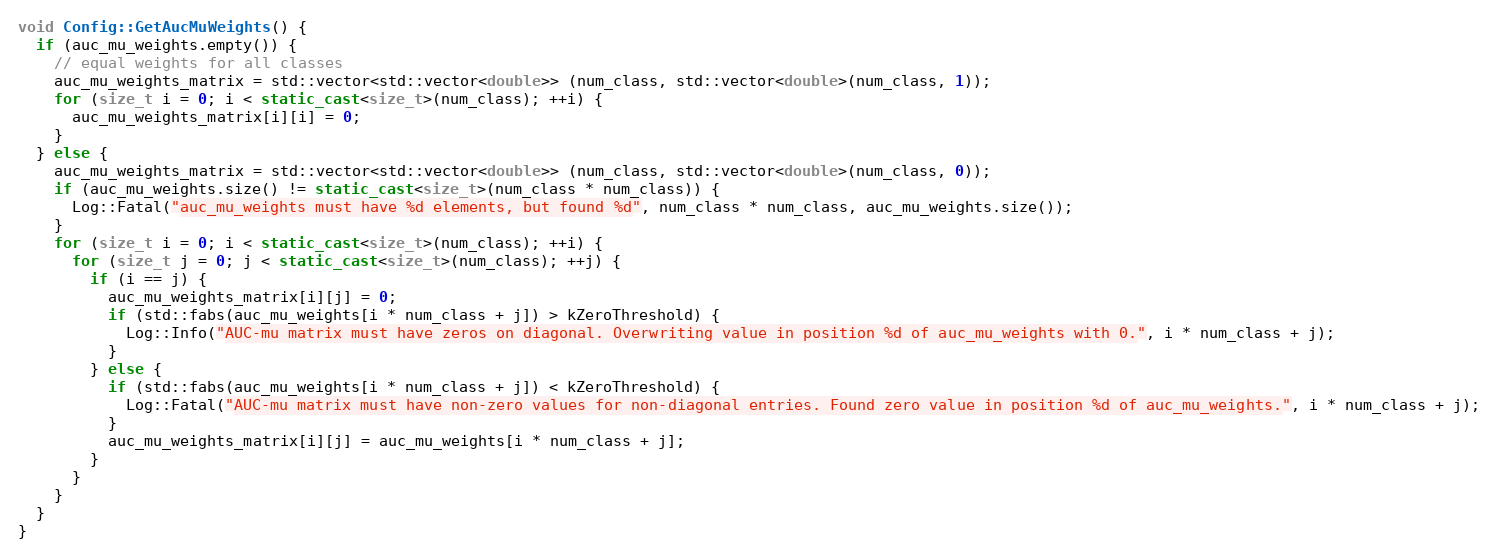
Language: C++
void Config::GetAucMuWeights() {
  if (auc_mu_weights.empty()) {
    // equal weights for all classes
    auc_mu_weights_matrix = std::vector<std::vector<double>> (num_class, std::vector<double>(num_class, 1));
    for (size_t i = 0; i < static_cast<size_t>(num_class); ++i) {
      auc_mu_weights_matrix[i][i] = 0;
    }
  } else {
    auc_mu_weights_matrix = std::vector<std::vector<double>> (num_class, std::vector<double>(num_class, 0));
    if (auc_mu_weights.size() != static_cast<size_t>(num_class * num_class)) {
      Log::Fatal("auc_mu_weights must have %d elements, but found %d", num_class * num_class, auc_mu_weights.size());
    }
    for (size_t i = 0; i < static_cast<size_t>(num_class); ++i) {
      for (size_t j = 0; j < static_cast<size_t>(num_class); ++j) {
        if (i == j) {
          auc_mu_weights_matrix[i][j] = 0;
          if (std::fabs(auc_mu_weights[i * num_class + j]) > kZeroThreshold) {
            Log::Info("AUC-mu matrix must have zeros on diagonal. Overwriting value in position %d of auc_mu_weights with 0.", i * num_class + j);
          }
        } else {
          if (std::fabs(auc_mu_weights[i * num_class + j]) < kZeroThreshold) {
            Log::Fatal("AUC-mu matrix must have non-zero values for non-diagonal entries. Found zero value in position %d of auc_mu_weights.", i * num_class + j);
          }
          auc_mu_weights_matrix[i][j] = auc_mu_weights[i * num_class + j];
        }
      }
    }
  }
}